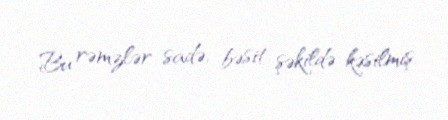
Bu rəmzlər sadə, bəsit şəkildə kəsilmiş.